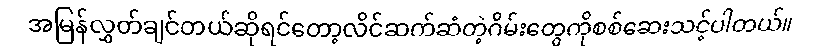
အမြန်လွှတ်ချင်တယ်ဆိုရင်တော့လိင်ဆက်ဆံတဲ့ဂိမ်းတွေကိုစစ်ဆေးသင့်ပါတယ်။